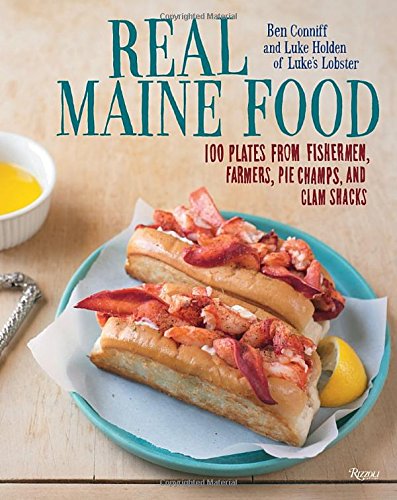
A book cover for Real Maine Food: 100 Plates from Fishermen, Farmers, Pie Champs, and Clam Shacks; Ben Conniff; Cookbooks, Food & Wine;